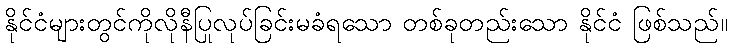
နိုင်ငံများတွင်ကိုလိုနီပြုလုပ်ခြင်းမခံရသော တစ်ခုတည်းသော နိုင်ငံ ဖြစ်သည်။